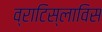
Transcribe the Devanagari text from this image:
व्राटिस्लाविस